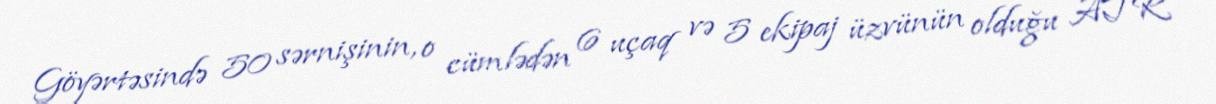
Göyərtəsində 50 sərnişinin, o cümlədən 6 uçaq və 5 ekipaj üzvünün olduğu ATR